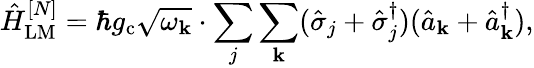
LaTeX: \hat{H}_{\mathrm{LM}}^{[N]}=\hbar g_{\mathrm{c}}\sqrt{\omega_{\mathbf k}}\cdot\sum_{j}\sum_{\mathbf k}(\hat{\sigma}_{j}+\hat{\sigma}_{j}^{\dagger})(\hat{a}_{\mathbf k}+\hat{a}_{\mathbf k}^{\dagger}),